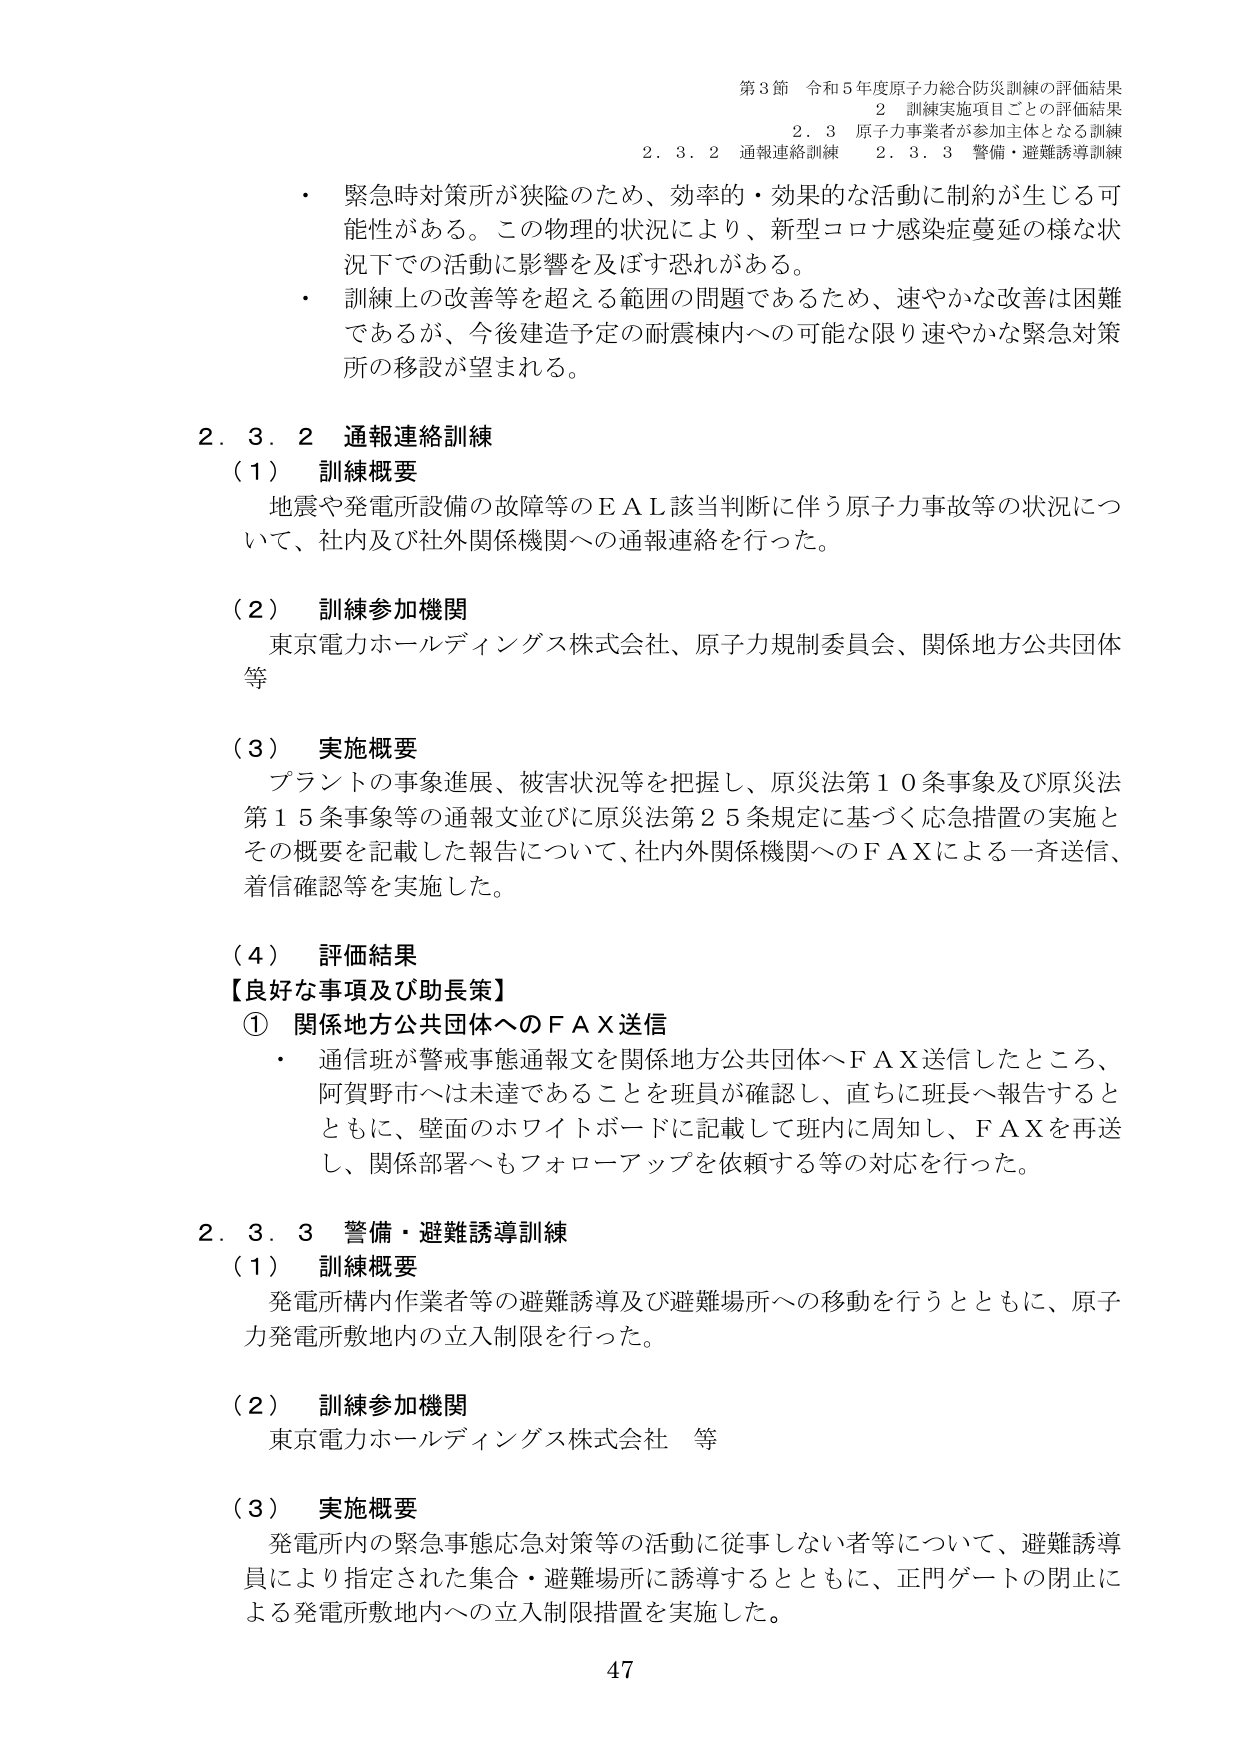
第3節 令和5年度原子力総合防災訓練の評価結果
2 訓練実施項目ごとの評価結果
2.3 原子力事業者が参加主体となる訓練
2.3.2 通報連絡訓練 2.3.3 警備・避難誘導訓練

・ 緊急時対策所が狭隘のため、効率的・効果的な活動に制約が生じる可能性がある。この物理的状況により、新型コロナ感染症蔓延の様な状況下での活動に影響を及ぼす恐れがある。
・ 訓練上の改善等を超える範囲の問題であるため、速やかな改善は困難であるが、今後建造予定の耐震棟内への可能な限り速やかな緊急対策所の移設が望まれる。

2.3.2 通報連絡訓練
（1） 訓練概要
地震や発電所設備の故障等のＥＡＬ該当判断に伴う原子力事故等の状況について、社内及び社外関係機関への通報連絡を行った。

（2） 訓練参加機関
東京電力ホールディングス株式会社、原子力規制委員会、関係地方公共団体等

（3） 実施概要
プラントの事象進展、被害状況等を把握し、原災法第10条事象及び原災法第15条事象等の通報文並びに原災法第25条規定に基づく応急措置の実施とその概要を記載した報告について、社内外関係機関へのＦＡＸによる一斉送信、着信確認等を実施した。

（4） 評価結果
【良好な事項及び助長策】
① 関係地方公共団体へのＦＡＸ送信
・ 通信班が警戒事態通報文を関係地方公共団体へＦＡＸ送信したところ、阿賀野市へは未達であることを班員が確認し、直ちに班長へ報告するとともに、壁面のホワイトボードに記載して班内に周知し、ＦＡＸを再送し、関係部署へもフォローアップを依頼する等の対応を行った。

2.3.3 警備・避難誘導訓練
（1） 訓練概要
発電所構内作業者等の避難誘導及び避難場所への移動を行うとともに、原子力発電所敷地内の立入制限を行った。

（2） 訓練参加機関
東京電力ホールディングス株式会社 等

（3） 実施概要
発電所内の緊急事態応急対策等の活動に従事しない者等について、避難誘導員により指定された集合・避難場所に誘導するとともに、正門ゲートの閉止による発電所敷地内への立入制限措置を実施した。

47